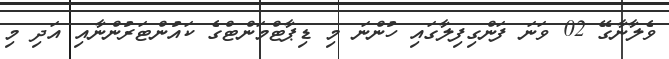
ވެލާނާގޭ 02 ވަނަ ފަންގިފިލާގައި ހުންނަ މި ޑިޕާޓްމަންޓްގެ ކައުންޓަރުންނާއި އަދި މި